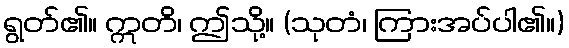
ရွတ်၏။ ဣတိ၊ ဤသို့။ (သုတံ၊ ကြားအပ်ပါ၏။)